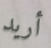
أريد